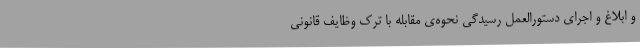
و ابلاغ و اجرای دستورالعمل رسیدگی نحوه‌ی مقابله با ترک وظایف قانونی